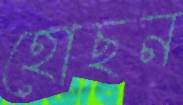
হোছন